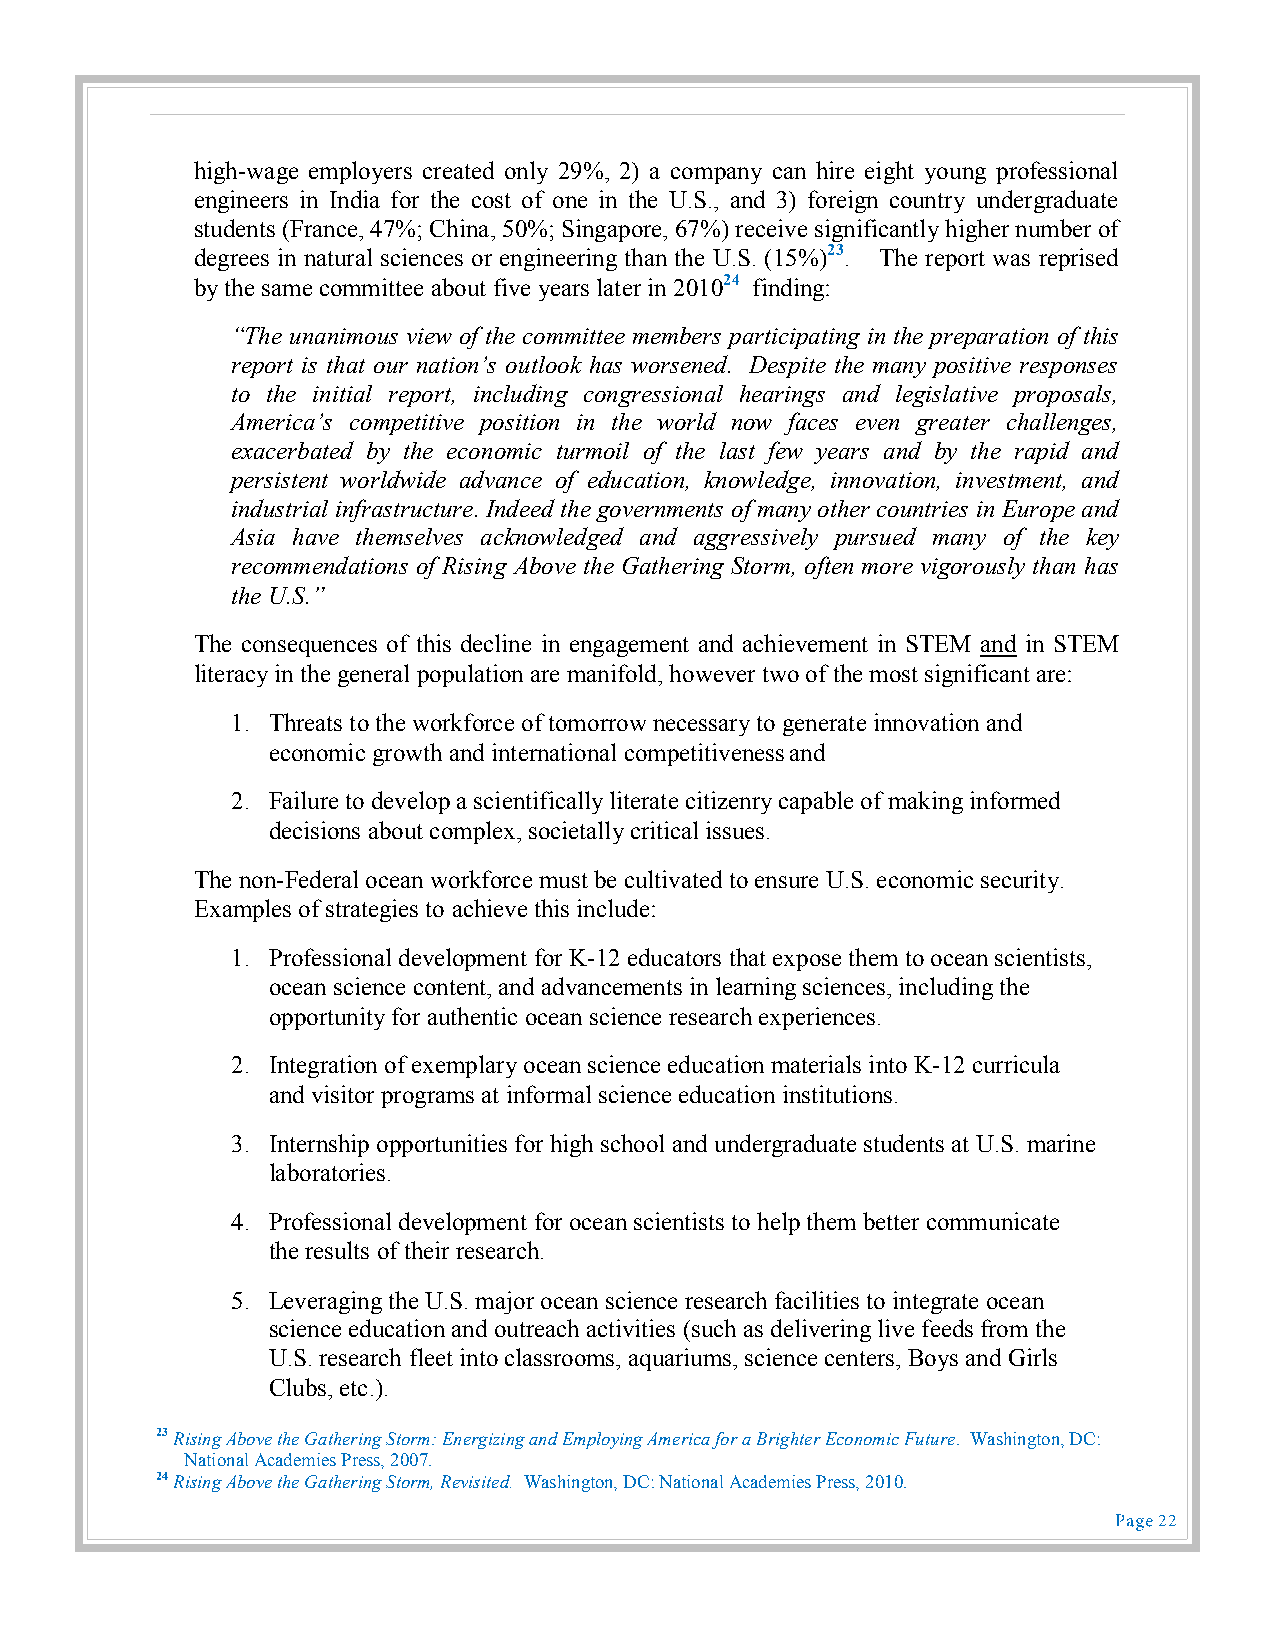
high-wage employers created only 29%, 2) a company can hire eight young professional
 engineers in India for the cost of one in the U.S., and 3) foreign country undergraduate
 students (France, 47%; China, 50%; Singapore, 67%) receive significantly higher number of
 degrees in natural sciences or engineering than the U.S. (15%)23. The report was reprised
 by the same committee about five years later in 201024 finding:
 “The unanimous view of the committee members participating in the preparation of this
 report is that our nation’s outlook has worsened. Despite the many positive responses
 to the initial report, including congressional hearings and legislative proposals,
 America’s competitive position in the world now faces even greater challenges,
 exacerbated by the economic turmoil of the last few years and by the rapid and
 persistent worldwide advance of education, knowledge, innovation, investment, and
 industrial infrastructure. Indeed the governments of many other countries in Europe and
 Asia have themselves acknowledged and aggressively pursued many of the key
 recommendations of Rising Above the Gathering Storm, often more vigorously than has
 the U.S.”
 The consequences of this decline in engagement and achievement in STEM and in STEM
 literacy in the general population are manifold, however two of the most significant are:
 1. Threats to the workforce of tomorrow necessary to generate innovation and
 economic growth and international competitiveness and
 2. Failure to develop a scientifically literate citizenry capable of making informed
 decisions about complex, societally critical issues.
 The non-Federal ocean workforce must be cultivated to ensure U.S. economic security.
 Examples of strategies to achieve this include:
 1. Professional development for K-12 educators that expose them to ocean scientists,
 ocean science content, and advancements in learning sciences, including the
 opportunity for authentic ocean science research experiences.
 2. Integration of exemplary ocean science education materials into K-12 curricula
 and visitor programs at informal science education institutions.
 3. Internship opportunities for high school and undergraduate students at U.S. marine
 laboratories.
 4. Professional development for ocean scientists to help them better communicate
 the results of their research.
 5. Leveraging the U.S. major ocean science research facilities to integrate ocean
 science education and outreach activities (such as delivering live feeds from the
 U.S. research fleet into classrooms, aquariums, science centers, Boys and Girls
 Clubs, etc.).
 23 Rising Above the Gathering Storm: Energizing and Employing America for a Brighter Economic Future. Washington, DC:
 National Academies Press, 2007.
 24 Rising Above the Gathering Storm, Revisited. Washington, DC: National Academies Press, 2010.